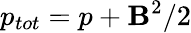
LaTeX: p_{tot}=p+\textbf{B}^{2}/2